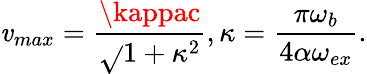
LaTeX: \mathit{v}_{max}=\frac{{\kappac}}{{\sqrt{}{{1+\kappa^{2}}}}},\kappa=\frac{{\pi\omega_{b}}}{{4\alpha\omega_{ex}}}.